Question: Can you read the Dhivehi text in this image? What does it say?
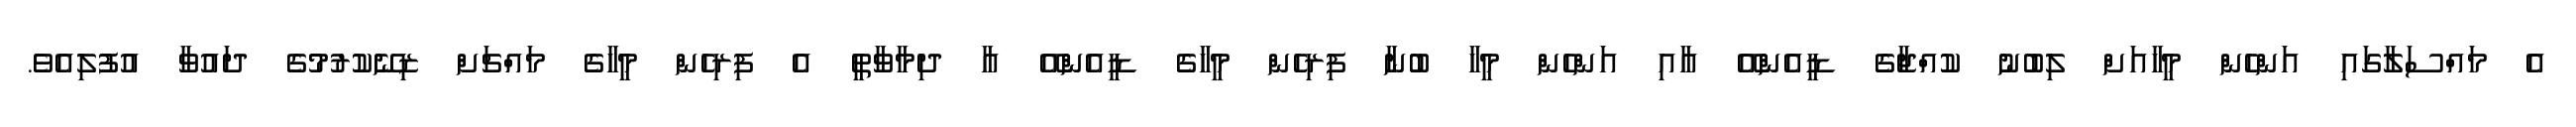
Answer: އެ މައްސަލާގައި އަންހެން މީހާއަށް ލިބުނު ކުއްޖާގެ ޑީއެންއޭ އާއި އަންހެން މީހާ ބުނާ ފިރިހެން މީހާގެ ޑީއެންއޭ އާ ދިމާވާތީ އެ ފިރިހެން މީހާގެ މައްޗަށް ޒިނޭކުރުމުގެ ދައުވާ އުފުލިއެވެ.